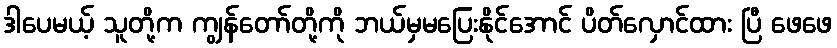
ဒါပေမယ့် သူတို့က ကျွန်တော်တို့ကို ဘယ်မှမပြေးနိုင်အောင် ပိတ်လှောင်ထား ပြီ ဖေဖေ